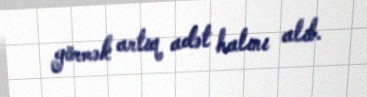
görmək artıq adət halını alıb.